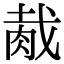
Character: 胾